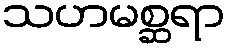
သဟမစ္ဆရာ